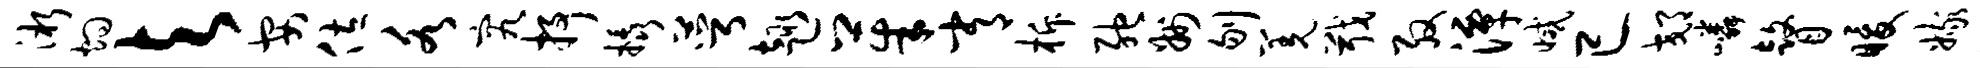
淅灼与安佐各究抒橇萼趣茱常柝弛州刎羌戢殷潭减已郊嶙瞽暖嫁渥